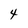
Character: 4